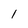
Character: l